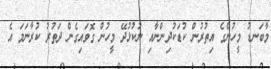
މާބަނޑު މީހުންގެ އިތުރުން ކުޑަކުދިންނާއި ނުކުޅުދޭ މީހުން ގޮވައިގެން ދަތުރު ކުރާނަމަ އެ